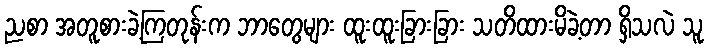
ညစာ အတူစားခဲ့ကြတုန်းက ဘာတွေများ ထူးထူးခြားခြား သတိထားမိခဲ့တာ ရှိသလဲ သူ